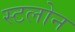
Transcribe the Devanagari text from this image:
स्टलोन